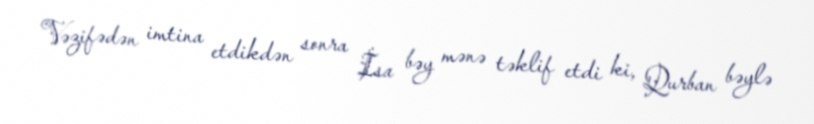
Vəzifədən imtina etdikdən sonra İsa bəy mənə təklif etdi ki, Qurban bəylə